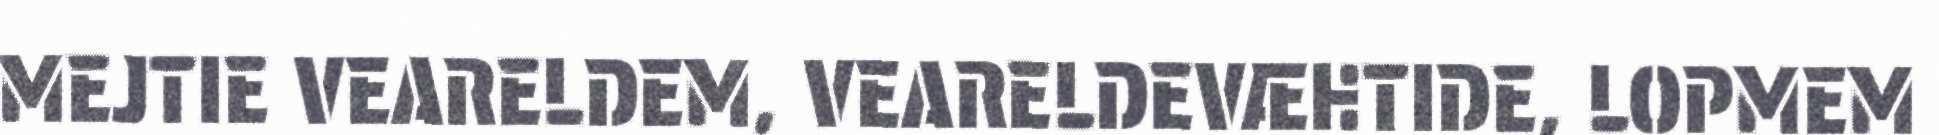
MEJTIE VEARELDEM, VEARELDEVÆHTIDE, LOPMEM